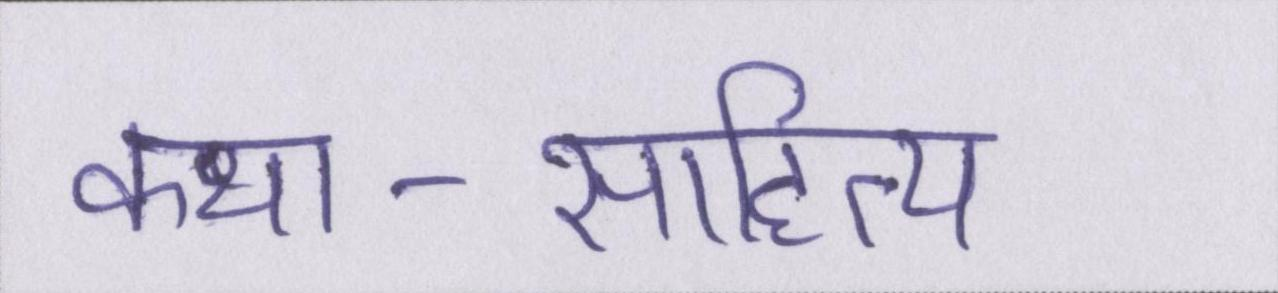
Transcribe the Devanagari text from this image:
कथा-साहित्य